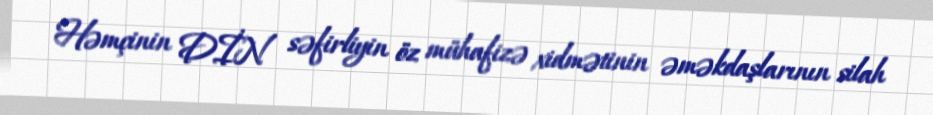
Həmçinin DİN səfirliyin öz mühafizə xidmətinin əməkdaşlarının silah